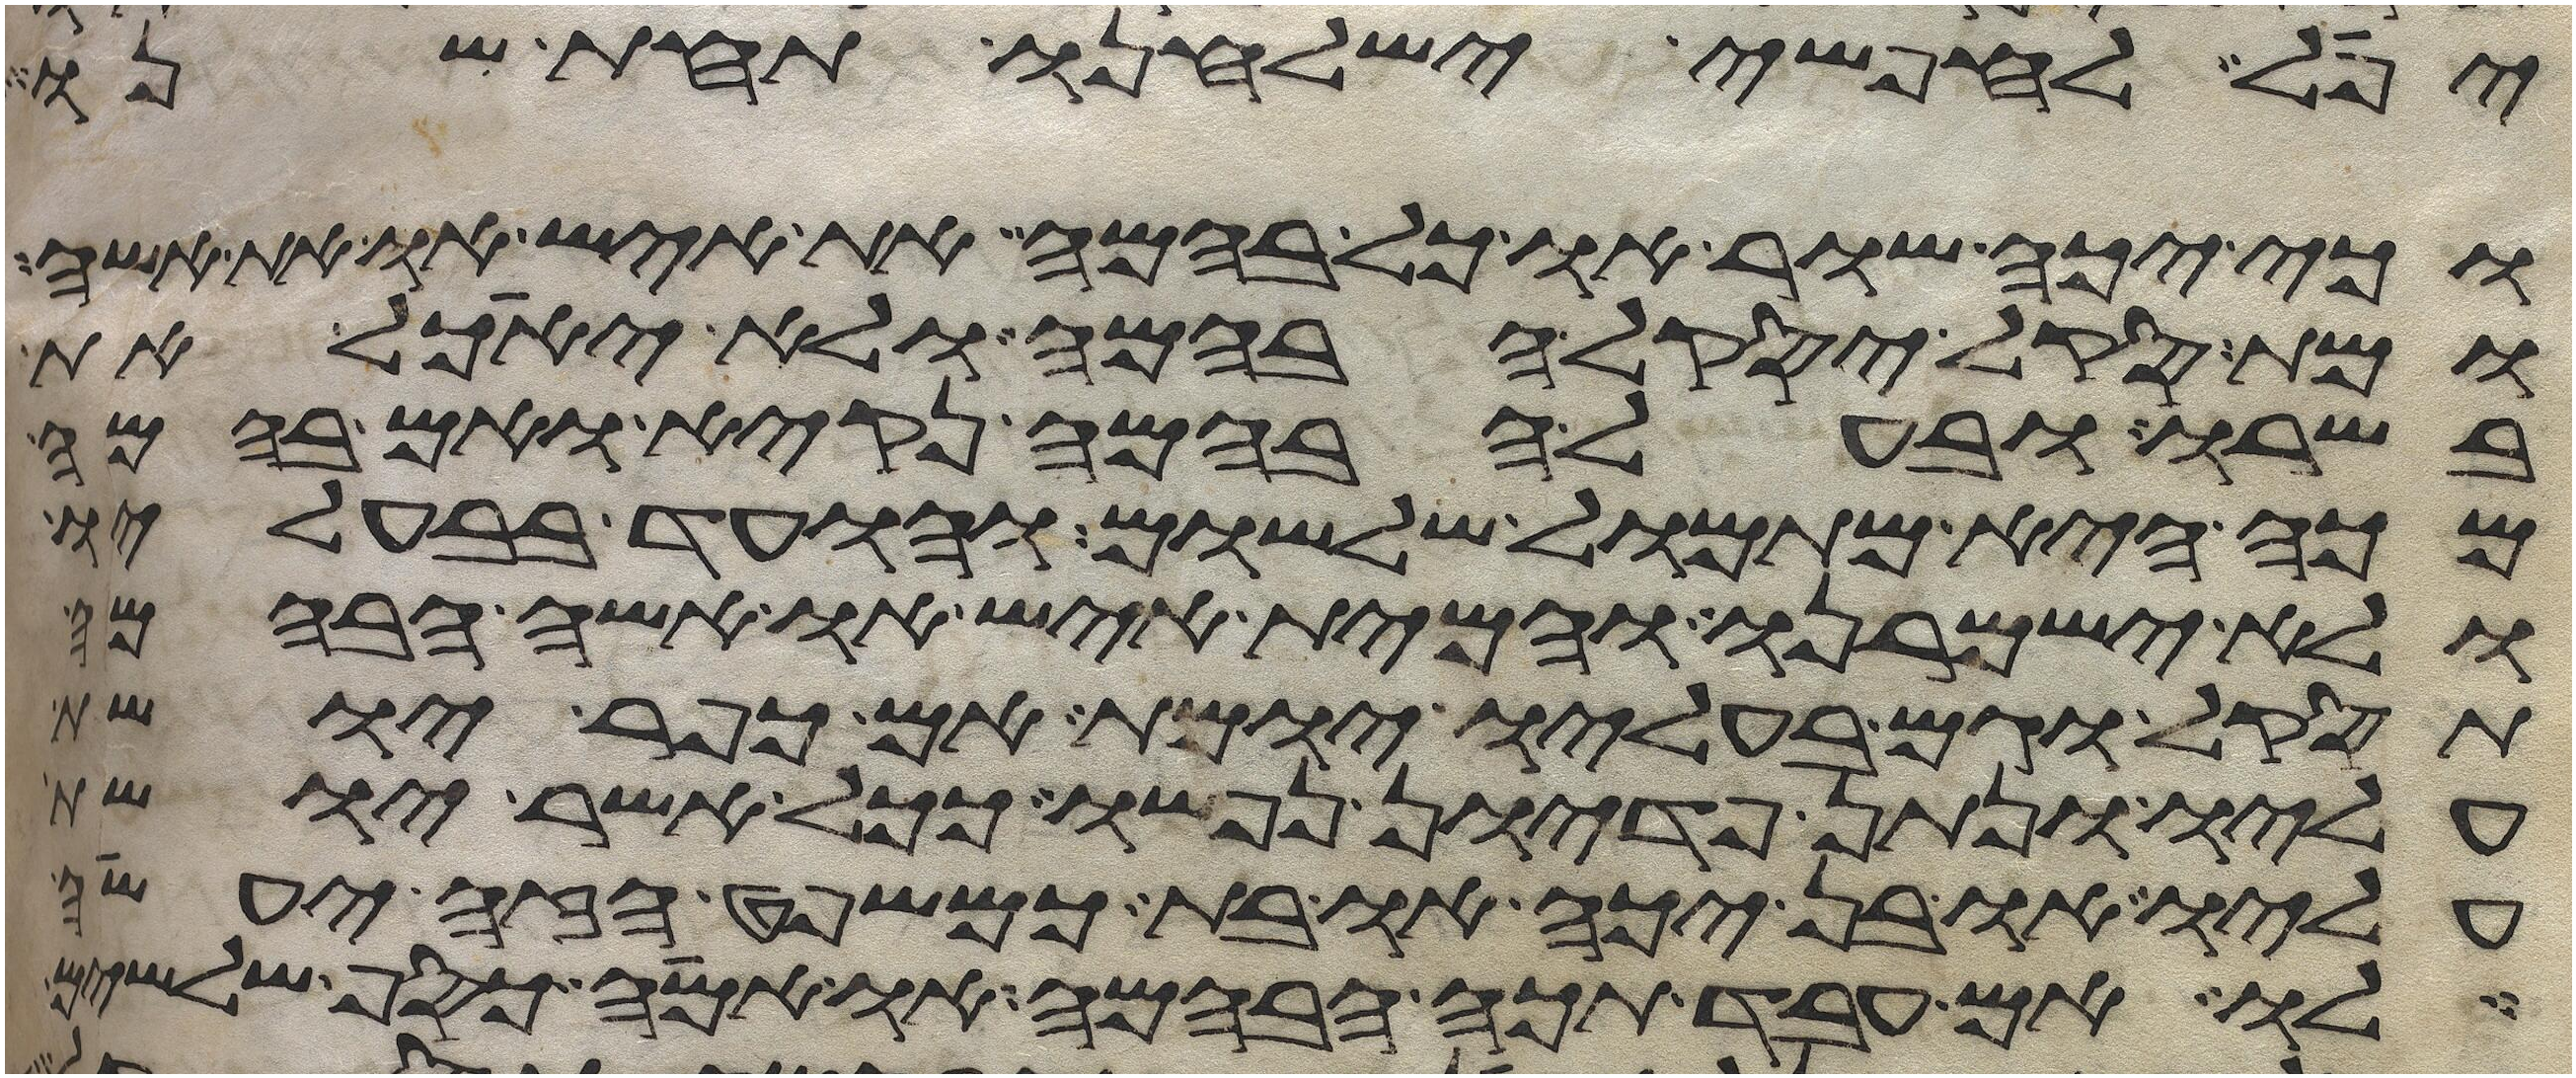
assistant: יפל לחפשי ישלחנו תחת שנו
וכי יכה שור וכל בהמה את איש או את אשה
ומת סקל יסקל הבהמה ולא יאכל את
בשרו ובעל הבהמה נקיא ואם בהמה
מכה היא מתמול שלשום והועד בבעליו
ולא ישמרנו והמית איש או אשה הבהמה
תסקל וגם בעליו יומת אם כופר יושת
עליו ונתן פדיון נפשו ככל אשר יושת
עליו או בן יכה או בת כמשפט הזה יעשה
לו אם עבד תכה הבהמה או אמה כסף שלשים